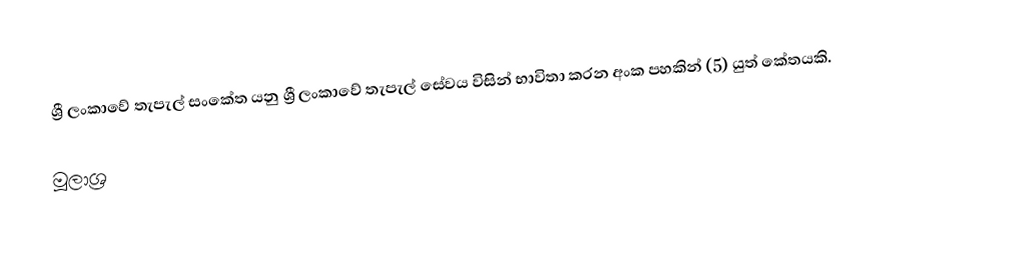
ශ්‍රී ලංකාවේ තැපැල් සංකේත යනු ශ්‍රී ලංකාවේ තැපැල් සේවය විසින් භාවිතා කරන අංක පහකින් (5) යුත් කේතයකි.

මූලාශ්‍ර